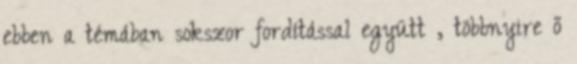
ebben a témában sokszor fordítással együtt , többnyire ő